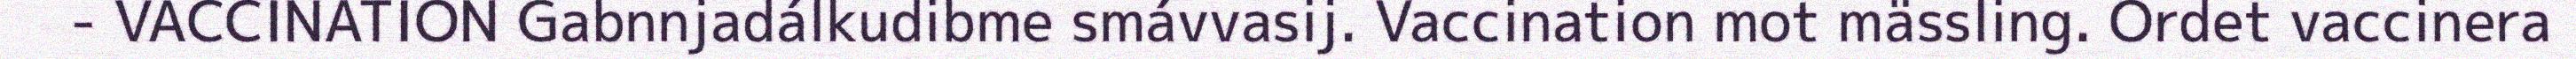
- VACCINATION Gabnnjadálkudibme smávvasij. Vaccination mot mässling. Ordet vaccinera